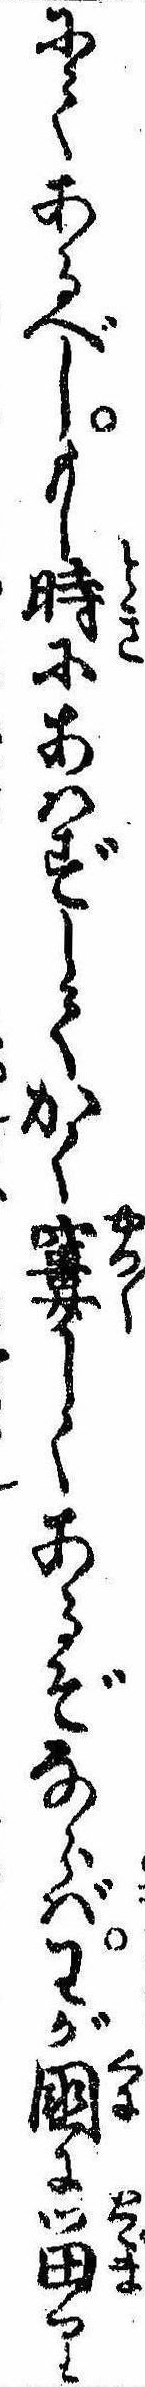
にてあるべしもし時にあはずしてかく窶しくあるぞならばわが国に留り